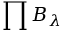
\prod B _ { \lambda }